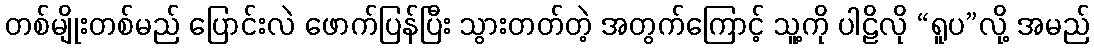
တစ်မျိုးတစ်မည် ပြောင်းလဲ ဖောက်ပြန်ပြီး သွားတတ်တဲ့ အတွက်ကြောင့် သူ့ကို ပါဠိလို “ရူပ”လို့ အမည်